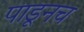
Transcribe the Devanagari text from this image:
पाडूनच